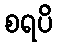
စရပိ